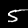
Label: 5